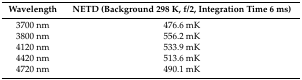
<table><thead><tr><td><b>Wavelength</b></td><td><b>NETD (Background 298 K, f/2, Integration Time 6 ms)</b></td></tr></thead><tbody><tr><td>3700 nm</td><td>476.6 mK</td></tr><tr><td>3800 nm</td><td>556.2 mK</td></tr><tr><td>4120 nm</td><td>533.9 mK</td></tr><tr><td>4420 nm</td><td>513.6 mK</td></tr><tr><td>4720 nm</td><td>490.1 mK</td></tr></tbody></table>